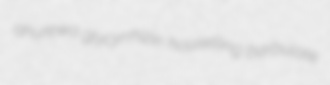
ahurewa glycyrrhizin houselling barbulate